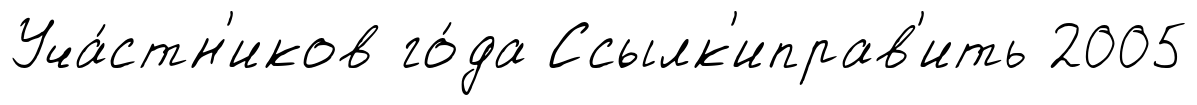
Уча́стн'иков го́да Ссылк'иправ'ить 2005